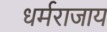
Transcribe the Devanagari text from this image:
धर्मराजाय